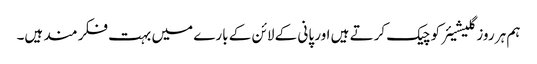
ہم ہر روز گلیشیئر کو چیک کرتے ہیں اور پانی کے لائن کے بارے میں بہت فکر مند ہیں۔